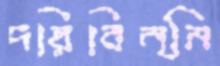
দরিবিন্নি